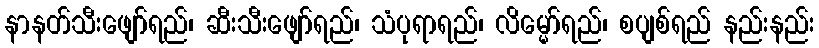
နာနတ်သီးဖျော်ရည်၊ ဆီးသီးဖျော်ရည်၊ သံပုရာရည်၊ လိမ္မော်ရည်၊ စပျစ်ရည် နည်းနည်း